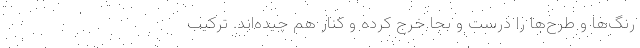
رنگ‌ها و طرح‌ها را درست و بجا خرج کرده و کنار هم چیده‌اند. ترکیب‌